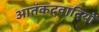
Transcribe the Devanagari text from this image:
आतंकदवादियों